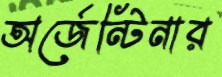
অর্জেন্টিনার